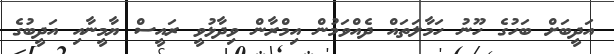
އަދީބަށް ބަހުގެ ހޫނު ހަމާލަތައް ދެއްވަމުން އިމްރާން ވިދާޅުވީ ރައީސް ޔާމީނާއި އަދީބުގެ